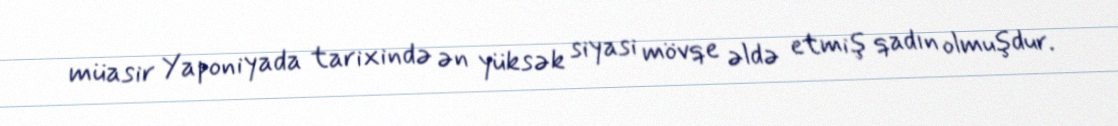
müasir Yaponiyada tarixində ən yüksək siyasi mövqe əldə etmiş qadın olmuşdur.